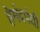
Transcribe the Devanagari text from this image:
हेमंदपंथी